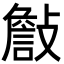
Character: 𣀁